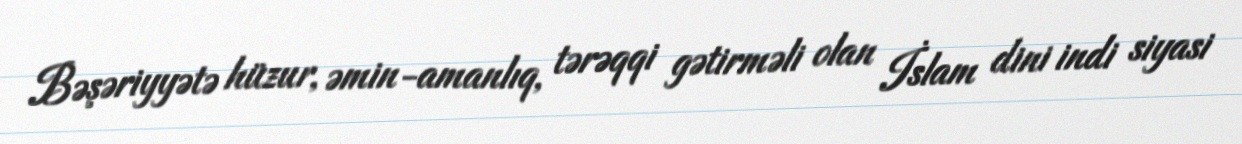
Bəşəriyyətə hüzur, əmin-amanlıq, tərəqqi gətirməli olan İslam dini indi siyasi